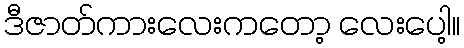
ဒီဇာတ်ကားလေးကတော့ လေးပေါ့။